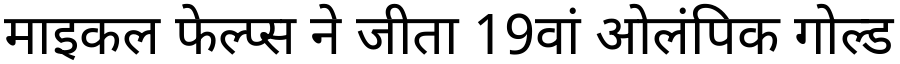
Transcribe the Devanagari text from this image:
माइकल फेल्प्स ने जीता 19वां ओलंपिक गोल्ड